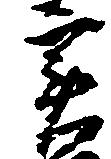
実